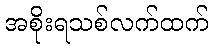
အစိုးရသစ်လက်ထက်